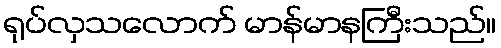
ရုပ်လှသလောက် မာန်မာနကြီးသည်။